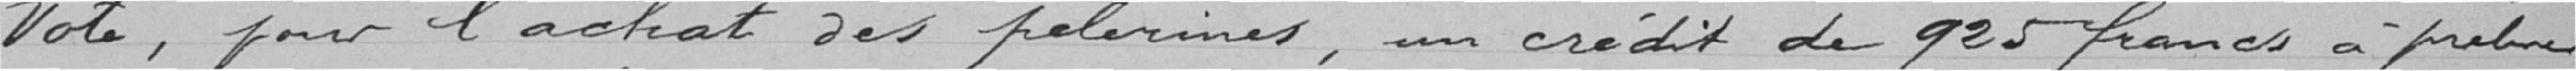
Vote, pour l'achat des pèlerines, un crédit de 925 francs à prendre